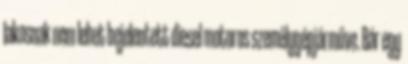
lakosnak nem lehet bejelentett diesel motoros személygépjárműve. Bár egy